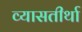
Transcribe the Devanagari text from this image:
व्यासतीर्था